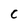
Character: C